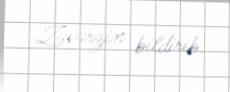
Zavarzin bildirib.